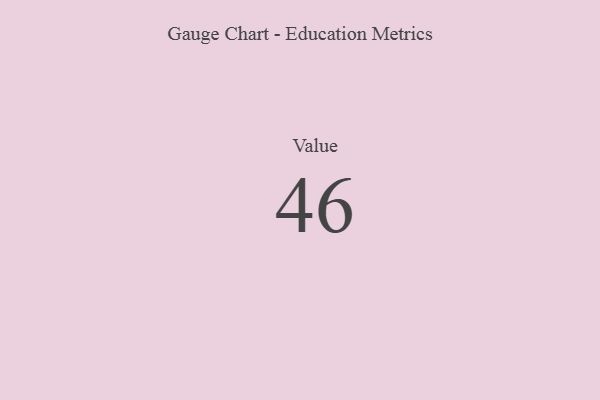
{"axis": {"x": "Metric", "y": "Value"}, "legend": [""], "data": [{"x": "Value", "y": 46, "type": ""}]}